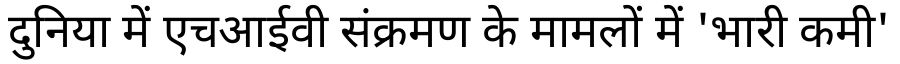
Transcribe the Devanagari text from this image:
दुनिया में एचआईवी संक्रमण के मामलों में 'भारी कमी'